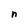
Character: n